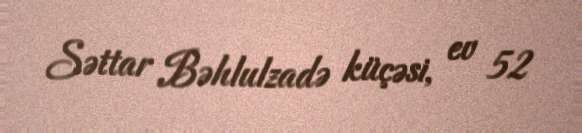
Səttar Bəhlulzadə küçəsi, ev 52